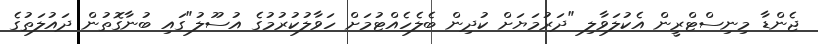
ޖެންޑާ މިނިސްޓްރީން އެކުލަވާލި "ދަރުމަޔަށް ކުދިން ބެލެހެއްޓުމަށް ހަވާލުކުރުމުގެ އުސޫލު"ގައި ބުނާގޮތުން ދައުލަތުގެ